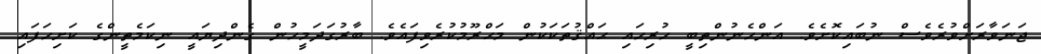
ޖަނަވާރަށްވުރެވެސް ނުބައިކޮށެވެ. އަންހެނުންތިބީ ހުރިހައި ޙައްޤުތަކަކުން މަޙްރޫމުކުރެވިފައެވެ. ބާރުގަދަމީހުން ގެންދިޔައީ ނިކަމެތީންގެ ކަށިހަފައި